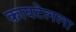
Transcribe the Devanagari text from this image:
कायटेलला